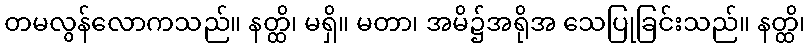
တမလွန်လောကသည်။ နတ္ထိ၊ မရှိ။ မတာ၊ အမိ၌အရိုအ သေပြုခြင်းသည်။ နတ္ထိ၊